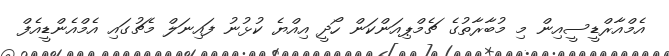
އެމްއާރްޑީސީއިން މި މުބާރާތުގެ ޗެމްޕިއަންކަން ހޯދީ އިއްޔެ ކުޅުނު ފައިނަލް މެޗުގައި އެމްއެންޑީއެފް